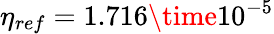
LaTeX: \eta_{ref}=1.716\time 10^{-5}